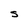
Character: s